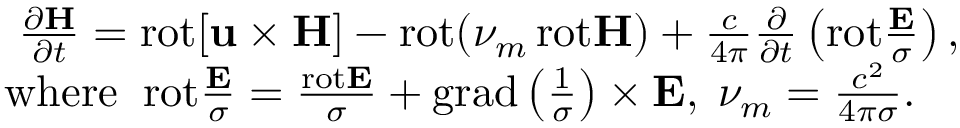
\begin{array} { r } { \frac { \partial { \bf H } } { \partial t } = \mathrm { r o t } { \bf [ u \times H ] } - \mathrm { r o t } ( \nu _ { m } \, \mathrm { r o t } { \bf H } ) + \frac { c } { 4 \pi } \frac { \partial } { \partial t } \left( \mathrm { r o t } \frac { { \bf E } } { \sigma } \right) , \quad } \\ { { { \mathrm { w h e r e } } } \; \; \mathrm { r o t } \frac { { \bf E } } { \sigma } = \frac { \mathrm { r o t } { \bf E } } { \sigma } + \mathrm { g r a d } \left( \frac { 1 } { \sigma } \right) \times { \bf E } , \; \nu _ { m } = \frac { c ^ { 2 } } { 4 \pi \sigma } . \qquad } \end{array}